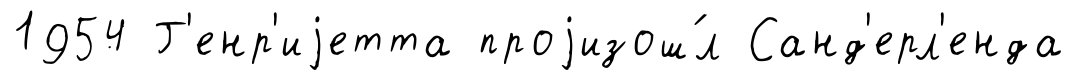
1954 Г'енр'иjетта проjизош́л Санд'ерл'енда